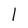
Character: l